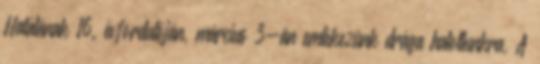
Halálának 16. évfordulóján, március 3-án emlékezünk drága halottunkra, A